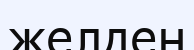
желден